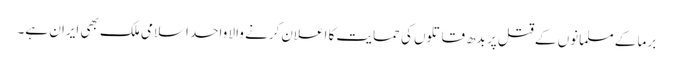
برما کے مسلمانوں کے قتل پر بدھ قاتلوں کی حمایت کا اعلان کرنے والا واحد اسلامی ملک بھی ایران ہے۔